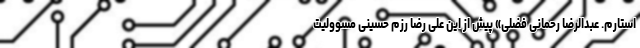
استارم. عبدالرضا رحمانی فضلی» پیش از این علی رضا رزم حسینی مسوولیت